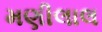
મણીલાલ